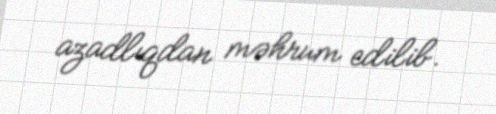
azadlıqdan məhrum edilib.